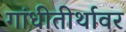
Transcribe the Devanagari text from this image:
गांधीतीर्थावर